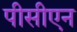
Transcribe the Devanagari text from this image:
पीसीएन